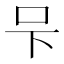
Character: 𭆼